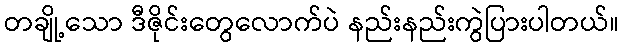
တချို့သော ဒီဇိုင်းတွေလောက်ပဲ နည်းနည်းကွဲပြားပါတယ်။